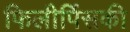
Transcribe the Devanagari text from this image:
फिलीपिंसकी